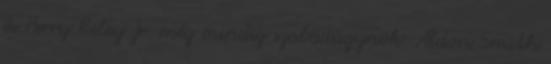
és Perry Riley Jr. még mindig szabadügynök. Aldon Smith